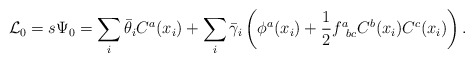
\begin{align*}{\cal L}_0=s\Psi_0=\sum_i\bar\theta_iC^a(x_i)+\sum_i\bar\gamma_i\left(\phi^a(x_i)+{1\over2}f^a_{\phantom{a}bc}C^b(x_i)C^c(x_i)\right).\end{align*}